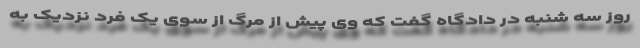
روز سه شنبه در دادگاه گفت که وی پیش از مرگ از سوی یک فرد نزدیک به